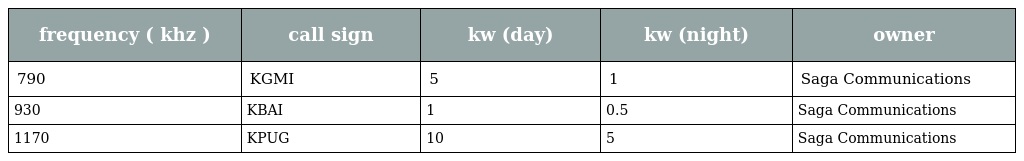
| frequency ( khz ) | call sign | kw (day) | kw (night) | owner |
 | --- | --- | --- | --- | --- |
 | 790 | KGMI | 5 | 1 | Saga Communications |
 | 930 | KBAI | 1 | 0.5 | Saga Communications |
 | 1170 | KPUG | 10 | 5 | Saga Communications |